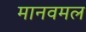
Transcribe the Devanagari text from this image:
मानवमल